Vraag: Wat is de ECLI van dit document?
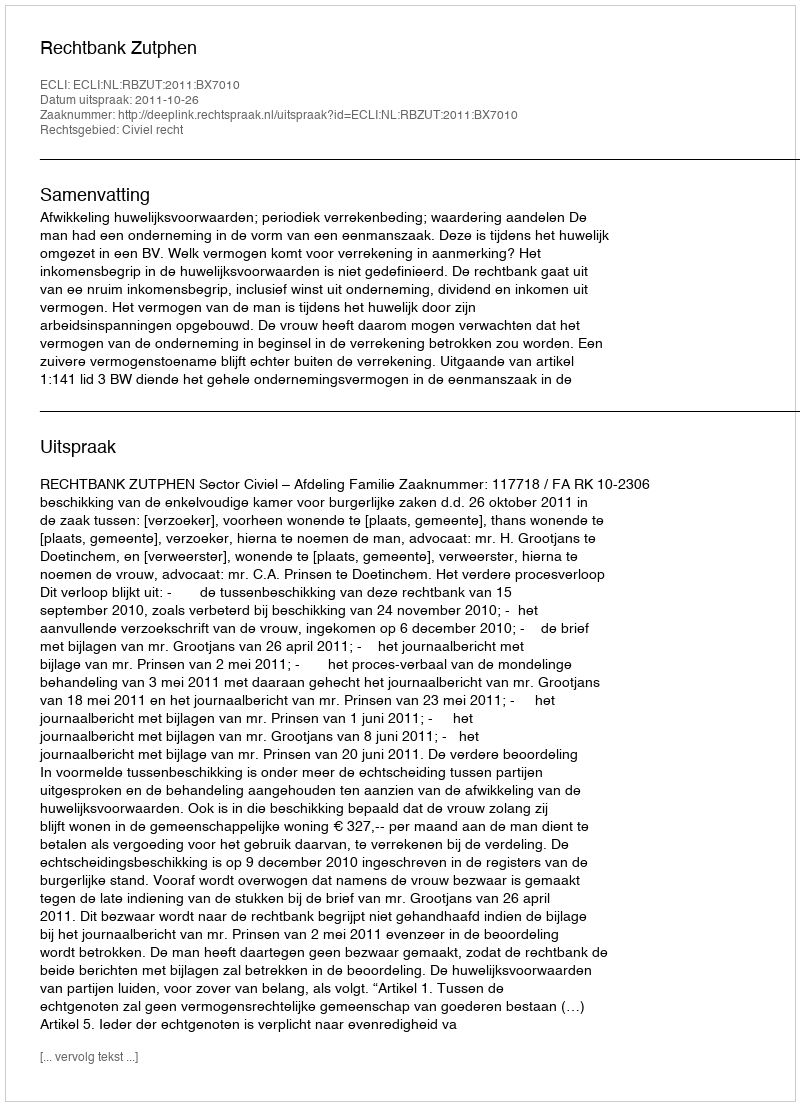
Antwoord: ECLI:NL:RBZUT:2011:BX7010